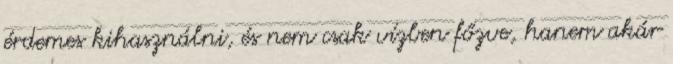
érdemes kihasználni, és nem csak vízben főzve, hanem akár